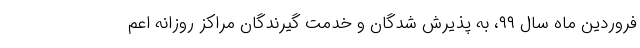
فروردین ماه سال ۹۹، به پذیرش شدگان و خدمت گیرندگان مراکز روزانه اعم